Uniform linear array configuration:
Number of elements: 48
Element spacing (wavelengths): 0.25
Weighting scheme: kaiser
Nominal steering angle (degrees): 30
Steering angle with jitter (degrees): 30.273
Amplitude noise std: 0.05
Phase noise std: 0.05

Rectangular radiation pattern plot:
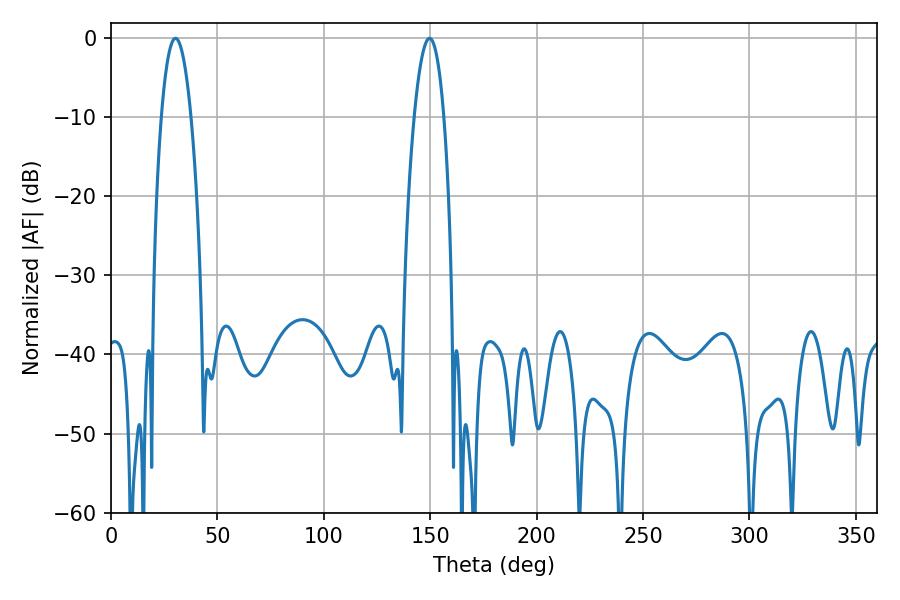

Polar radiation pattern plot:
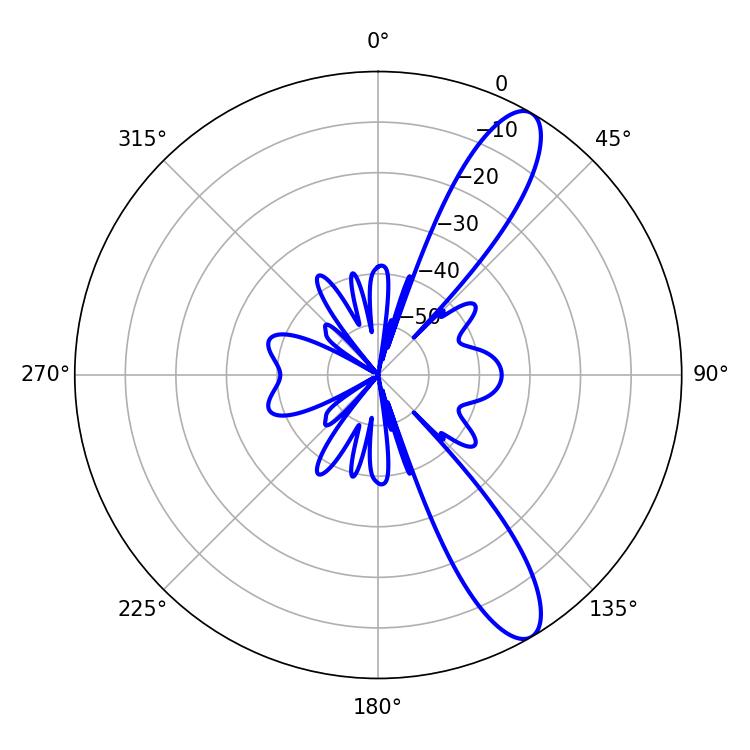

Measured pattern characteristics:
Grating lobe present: FALSE
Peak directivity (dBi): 11.351
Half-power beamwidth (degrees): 7.74
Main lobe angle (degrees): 30.24